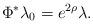
LaTeX: \begin{align*}\Phi^{*}\lambda_{0}=e^{2\rho}\lambda.\end{align*}